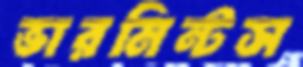
ভারমিন্টস